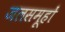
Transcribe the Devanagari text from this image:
जलसमूहों